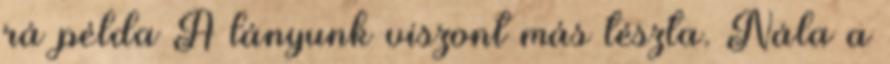
rá példa A lányunk viszont más tészta. Nála a